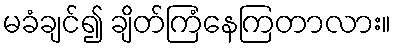
မခံချင်၍ ချိတ်ကြံနေကြတာလား။